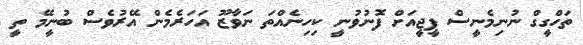
ތަހްގީގް ނުނިމެނީސް ޕީޖީއަށް ފޮނުވުނީ ކިހިނެއްތަ ނަވާޒޫ އަހަރެމެން އޭރުވެސް ބުނީމޭ ތީ